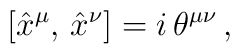
\left[ \hat{x}^{\mu},\,\hat{x}^{\nu}\right]=i\,\theta^{\mu\nu}\,,